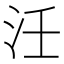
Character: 𭯺